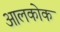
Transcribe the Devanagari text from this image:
आलकोक